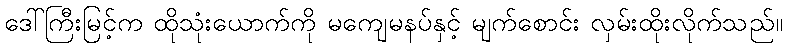
ဒေါ်ကြီးမြင့်က ထိုသုံးယောက်ကို မကျေမနပ်နှင့် မျက်စောင်း လှမ်းထိုးလိုက်သည်။